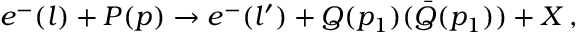
e ^ { - } ( l ) + P ( p ) \rightarrow e ^ { - } ( l ^ { \prime } ) + Q ( p _ { 1 } ) ( \bar { Q } ( p _ { 1 } ) ) + X \, ,